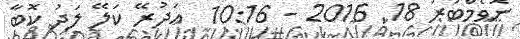
ނޮވެމްބަރު 18